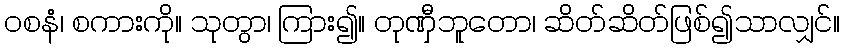
ဝစနံ၊ စကားကို။ သုတွာ၊ ကြား၍။ တုဏှီဘူတော၊ ဆိတ်ဆိတ်ဖြစ်၍သာလျှင်။